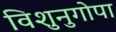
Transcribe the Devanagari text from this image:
विशुनुगोपा